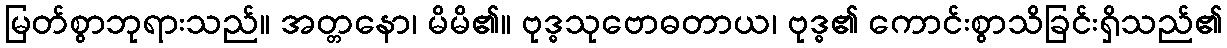
မြတ်စွာဘုရားသည်။ အတ္တနော၊ မိမိ၏။ ဗုဒ္ဓသုဗောဓတာယ၊ ဗုဒ္ဓ၏ ကောင်းစွာသိခြင်းရှိသည်၏